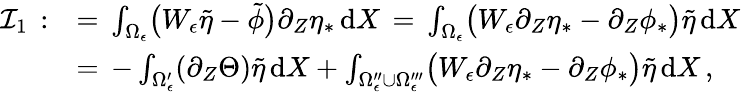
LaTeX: \begin{array}{rl}{\mathcal{I}_{1}\, :}&{=\, \int_{\Omega_{\epsilon}}\bigl(W_{\epsilon}\tilde{\eta}-\tilde{\phi}\bigr)\partial_{Z}\eta_{*}\, \mathrm{d}X\, =\, \int_{\Omega_{\epsilon}}\bigl(W_{\epsilon}\partial_{Z}\eta_{*}-\partial_{Z}\phi_{*}\bigr)\tilde{\eta}\, \mathrm{d}X}\\ {\, }&{=\, -\int_{\Omega_{\epsilon}^{\prime}}(\partial_{Z}\Theta)\tilde{\eta}\, \mathrm{d}X+\int_{\Omega_{\epsilon}^{\prime\prime}\cup\Omega_{\epsilon}^{\prime\prime\prime}}\bigl(W_{\epsilon}\partial_{Z}\eta_{*}-\partial_{Z}\phi_{*}\bigr)\tilde{\eta}\, \mathrm{d}X\, ,}\end{array}